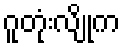
ဂူတုံးလျိုက